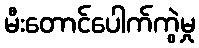
မီးတောင်ပေါက်ကွဲမှု